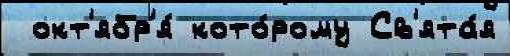
 окт'ябр'я́ кото́рому Св'ята́я